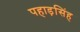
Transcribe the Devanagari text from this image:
पहाड़सिंह